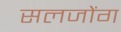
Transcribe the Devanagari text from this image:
सलजोंग